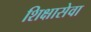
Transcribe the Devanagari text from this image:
शिक्षासेवा